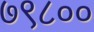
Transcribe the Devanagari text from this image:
७९८००